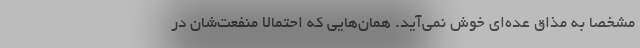
مشخصا به مذاق عده‌ای خوش نمی‌آید. همان‌هایی که احتمالا منفعت‌شان در